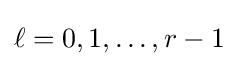
\ell =0,1,\dots ,r-1